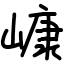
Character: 嵻